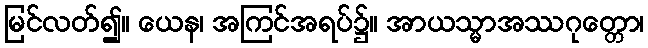
မြင်လတ်၍။ ယေန၊ အကြင်အရပ်၌။ အာယသ္မာအဿဂုတ္တော၊